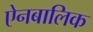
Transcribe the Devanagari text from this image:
ऐनबालिक